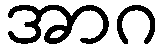
အာဂ